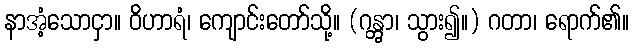
နာအံ့သောငှာ။ ဝိဟာရံ၊ ကျောင်းတော်သို့။ (ဂန္တွာ၊ သွား၍။) ဂတာ၊ ရောက်၏။